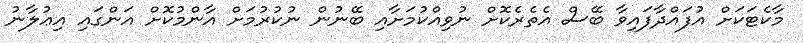
މާކެޓަކަށް އުފައްދާފައިވާ ބޭސް އެތެރެކޮށް ނުވިއްކުމަށާއި ބޭނުން ނުކުރުމަށް އާންމުކޮށް އަންގައި އިޢުލާނު